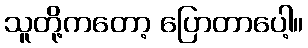
သူတို့ကတော့ ပြောတာပေါ့။